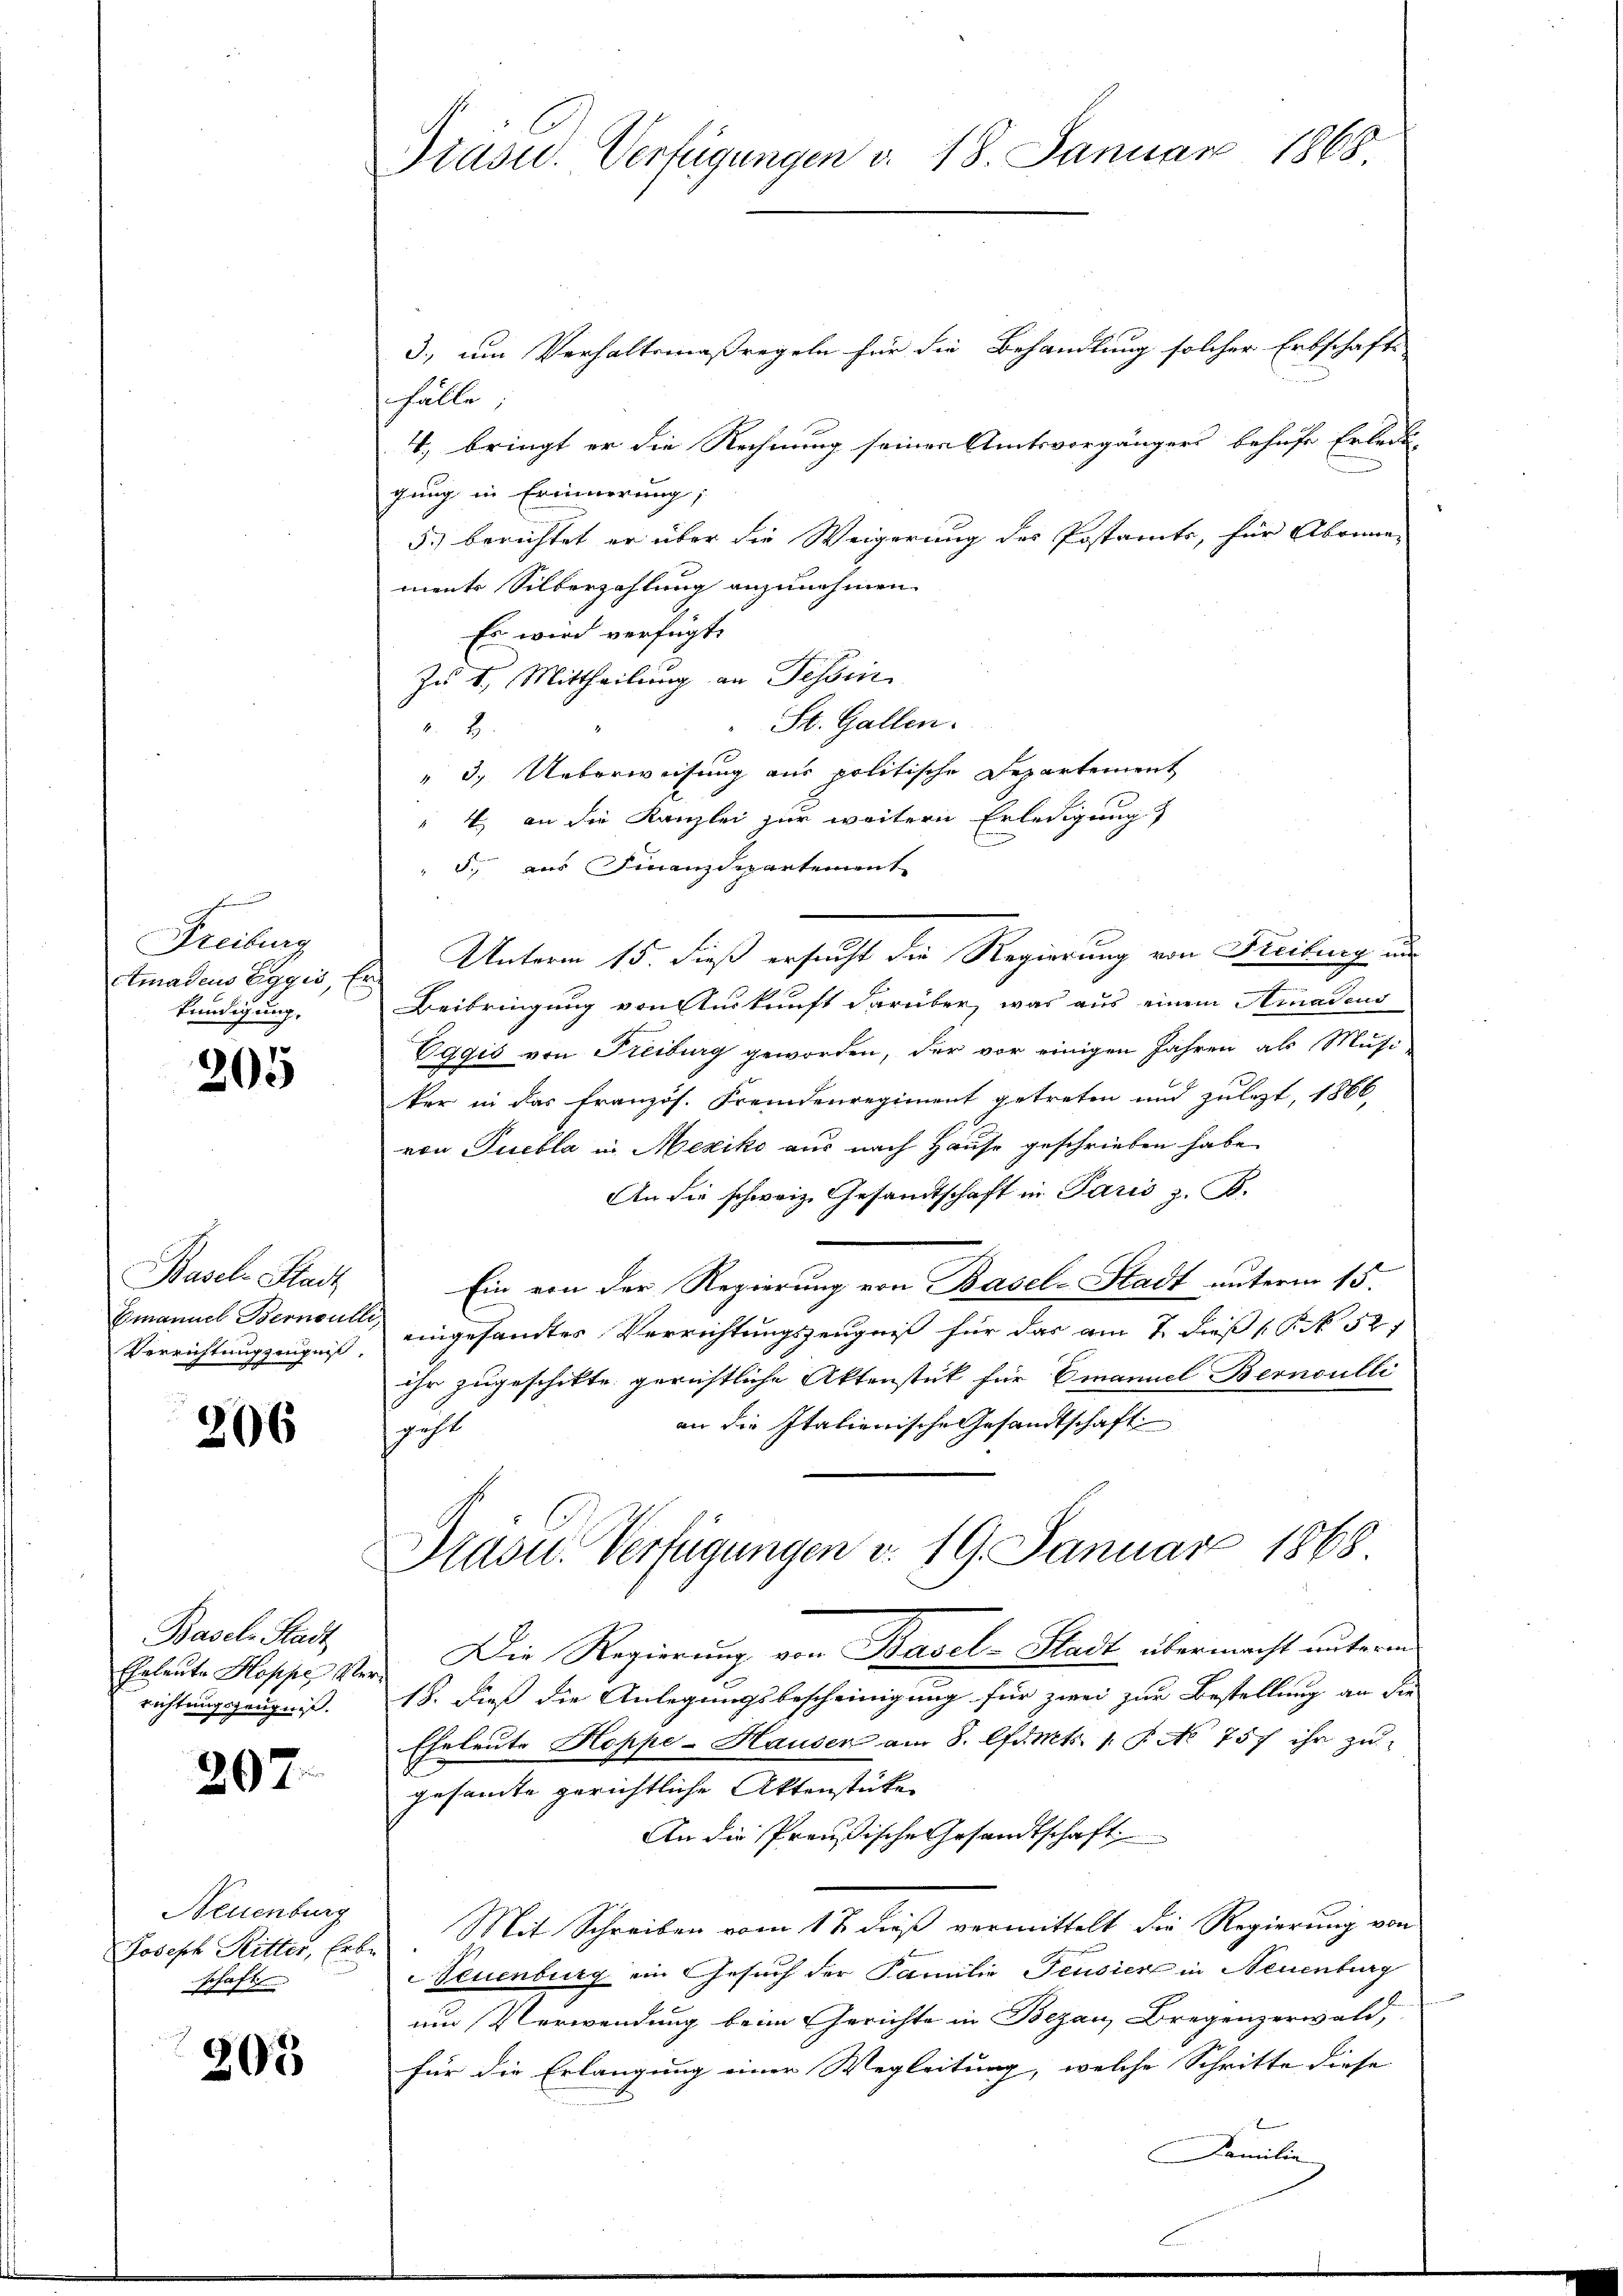
Freiburg
Amadeus Eggis, E
kundigung.

205

Basel Stadt
Emanuel Bernoul
Verrichtung zingen.

206

Basel-Stadt
Eheleute Hospe Ver
richtungszeugniß.

202

Neuenburg
Joseph Ritter, Erbe
schaft

203

Grasid. Verfügungen v. 18. Januar 1868

3., um Verhaltsmaßregeln für die Behandlung solcher Erbschafte
fälle
T. bringt er die Rechnung seiner Amtsvorgängers behufe Erlede
gung in Erinnerung;
5.) berichtet er über die Weigerung des Postamts, für Abonne-
ments Silberzahlung anzunehmen.
Es wird verfügt:
Zu 1. Mittheilung an Tessin
St. Gallen.
2
" 3. Ueberweisung aus politische Departement
" 4. an die Kanzlei zur weitern Erledigung
5., aus Finanzdepartement
Beibringung von Auskunft darüber, was aus einem Amadeus
Eggis von Freiburg geworden, der vor einigen Jahren als Musi
ker in das französ. Fremdenregiment getreten und zulezt, 1866
von Tuebla in Mexiko aus nach Hause geschrieben habe.
An die schweiz. Gesandtschaft in Paris z. B.
Ein von der Regierung von Basel-Stadt unterm 15.
eingesandtes Verrichtungszeugniß für das am 7. dieß P. Nr. 527
ihr zugeschikte gerichtliche Aktenstück für Emanuel Bernoulli
an die Italienische Gesandtschaft
sacht
Pasu. Verfügungen d. 19. Januar 1868
Die Regierung von Basel-Stadt übermacht unterm
18. dieß die Anlegungsbescheinigung für zwei zur Bestellung an die
Eheleute Hoppe-Hauser am 8. Admts. 1. P. No. 757 ihr zŭ
gesamte gerichtliche Aktenstüke
An die Preußische Gesandtschaft
Mit Schreiben vom 18 dieß vermittelt die Regierung von
Neuenburg ein Gesuch der Familie Feusier in Neuenburg
um Verwendung beim Gerichte in Bezau, Bregenzerwald,
für die Erlangung einer Wegleitung, welche Schritte diese

Unterm 15. dieß ersucht die Regierung von Freiburg un